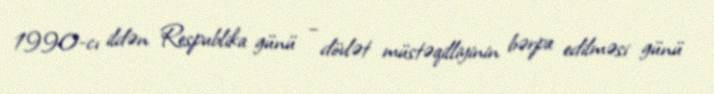
1990-cı ildən Respublika günü – dövlət müstəqilliyinin bərpa edilməsi günü